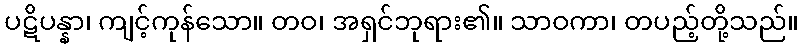
ပဋိပန္နာ၊ ကျင့်ကုန်သော။ တဝ၊ အရှင်ဘုရား၏။ သာဝကာ၊ တပည့်တို့သည်။